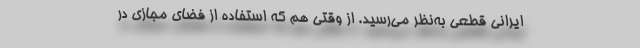
ایرانی قطعی به‌نظر می‌رسید. از وقتی هم که استفاده از فضای مجازی در